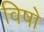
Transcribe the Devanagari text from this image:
विषो